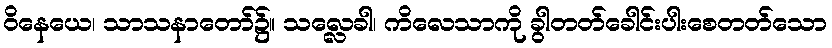
ဝိနေယေ၊ သာသနာတော်၌။ သလ္လေခါ၊ ကိလေသာကို ခွါတတ်ခေါင်းပါးစေတတ်သော